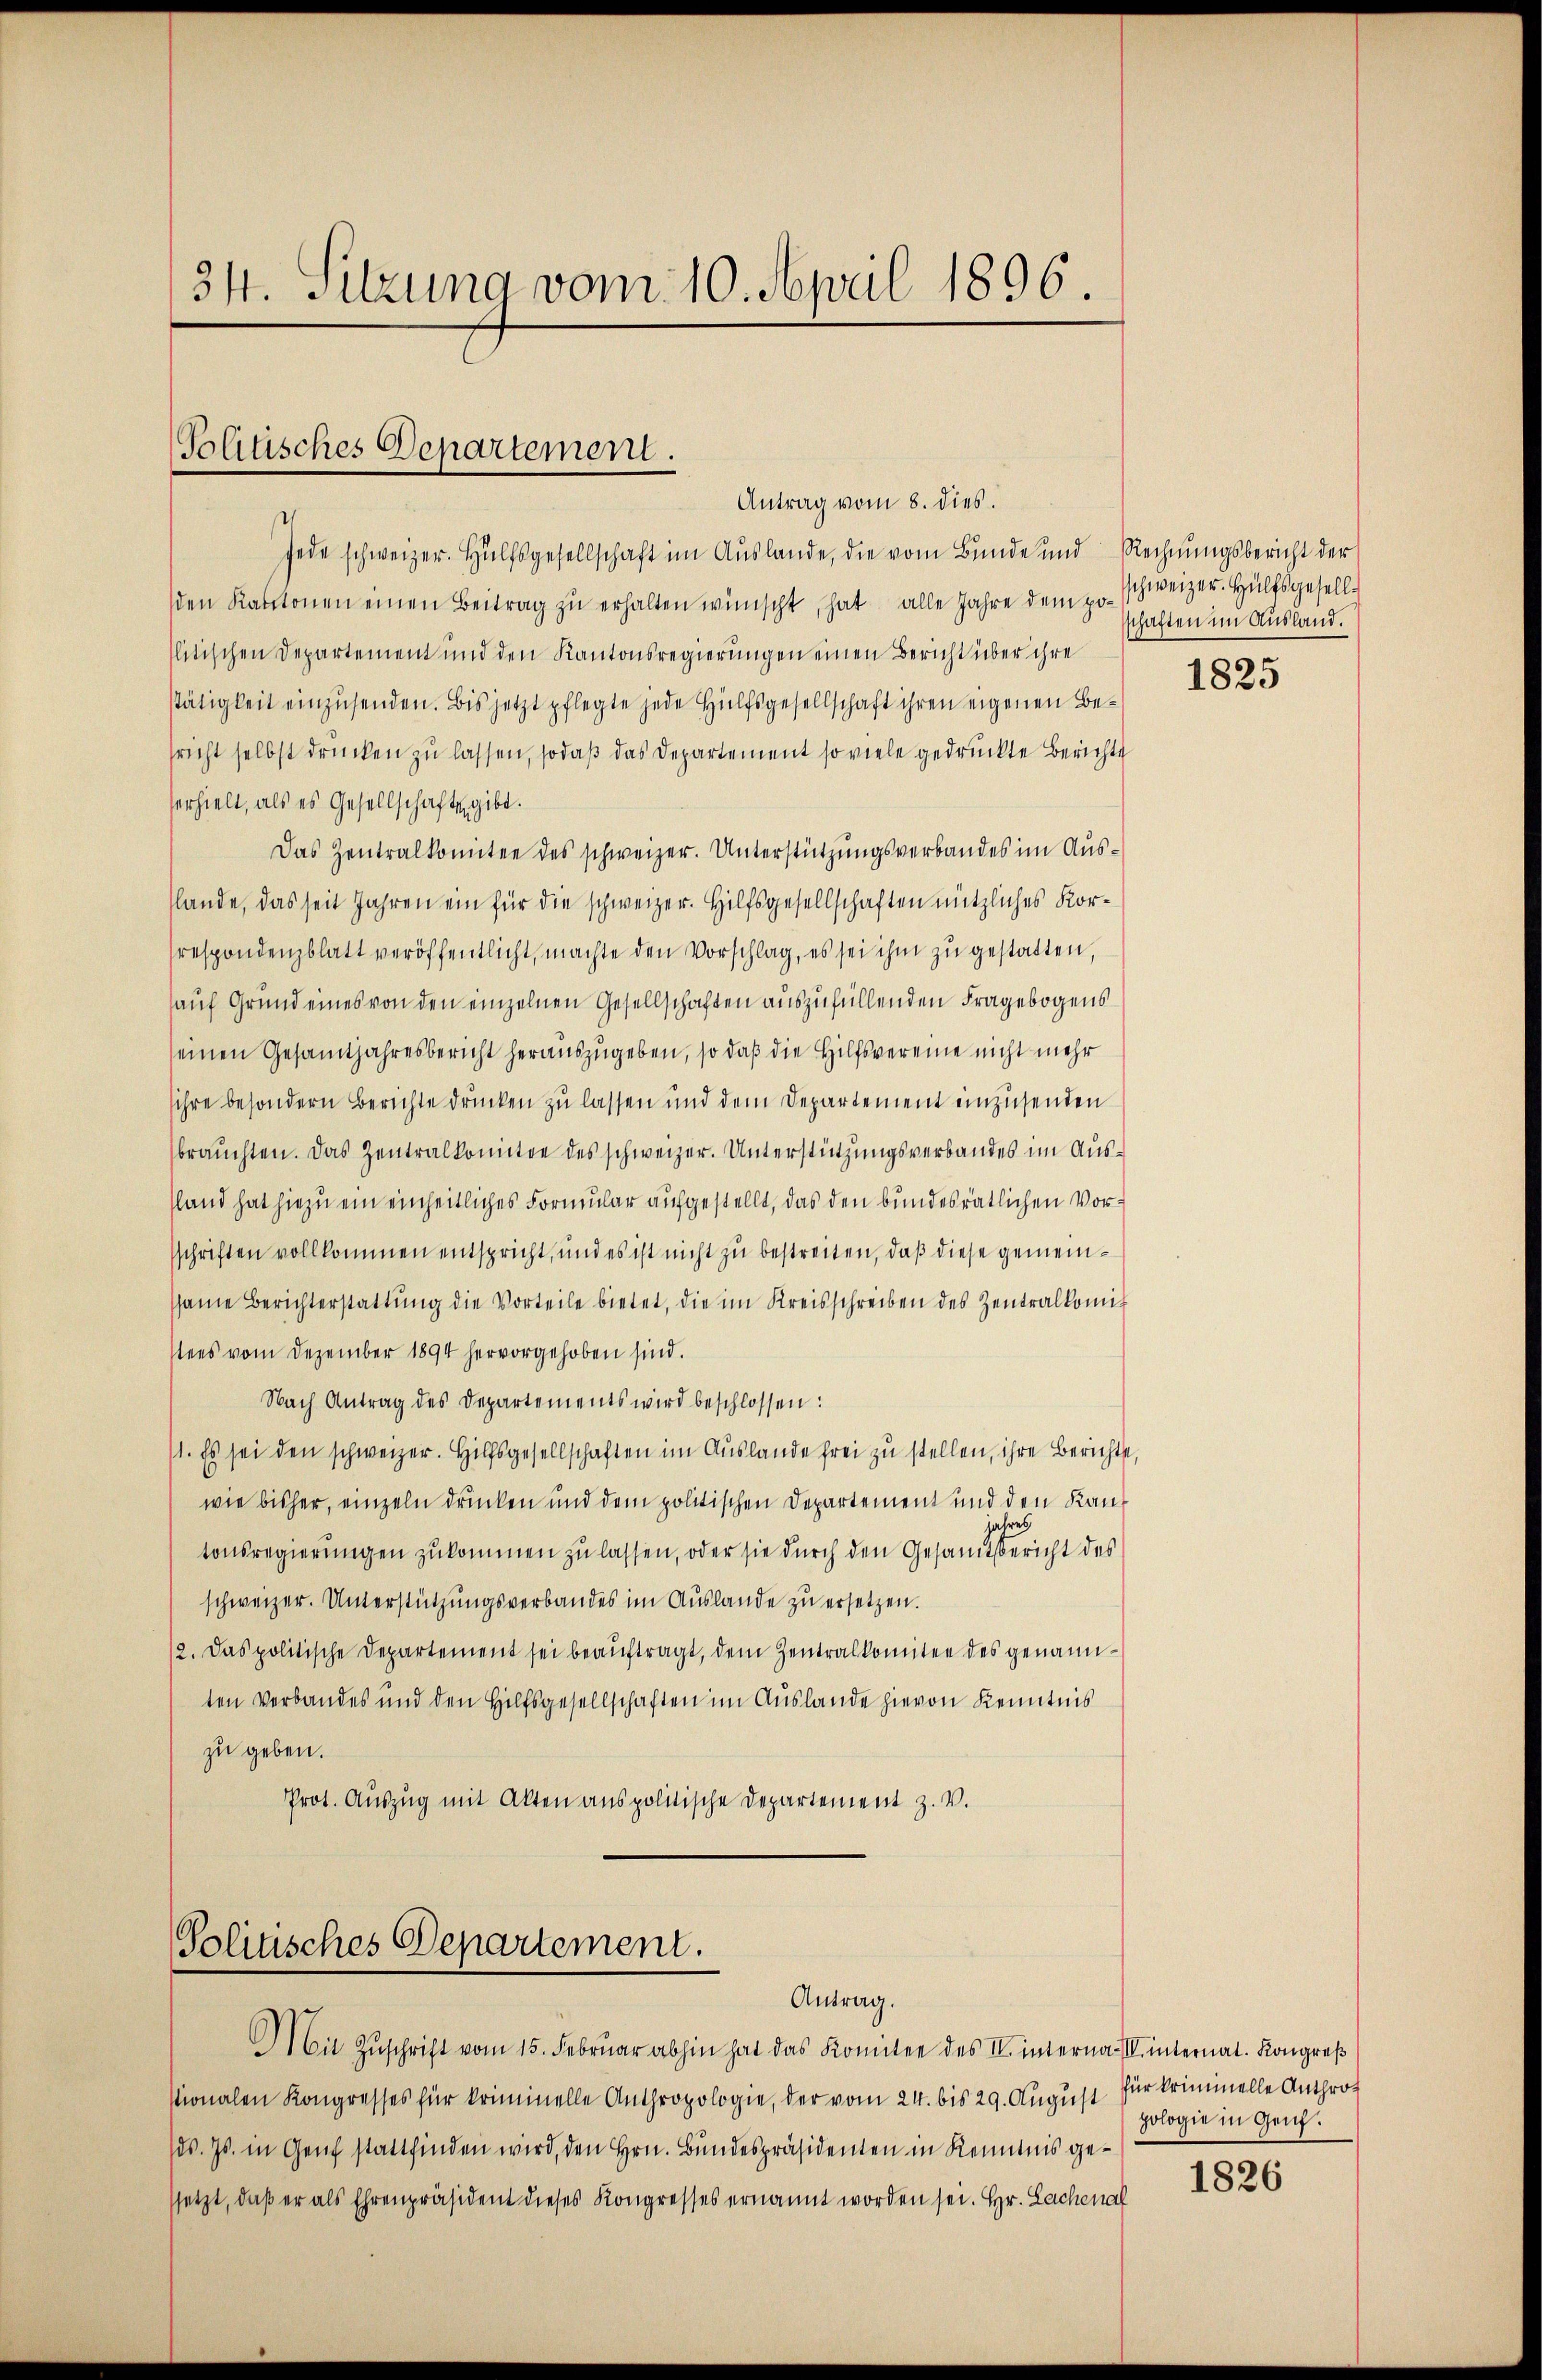
341. Sitzung vom 10. April 1896

Politisches Departement.
Antrag vom 8. dies.

Jede schweizer. Hülfsgesellschaft im Auslande, die vom Bunde und Rechnŭngsbericht der
den Kantonen einen Beitrag zu erhalten wünscht, hat alle Jahre dem politischen Departement und den Kantonsregierungen einen Bericht über ihre
stätigkeit einzŭsenden. Bis jetzt pflegte jede Hülfsgesellschaft ihren eigenen Besricht selbst drücken zu lassen, sodaß das Departement so viele gedruckte Berichte
serhielt, als es Gesellschaftes gibt.
Das Zentralkomitee des schweizer. Unterstützungsverbandes im Ausslande, das seit Jahren ein für die schweizer. Hilfsgesellschaften nützliches Korrespondenzblatt veröffentlicht, machte den Vorschlag, es sei ihm zu gestatten,
auf Grund eines von den einzelnen Gesellschaften auszufüllenden Fragebogensseinen Gesamtjahresbericht herauszugeben, so daß die Hilfsvereine nicht mehr
sihre besondern Berichte drücken zu lassen und dem Departement einzusenden
brauchten. Das Zentralkomitee des schweizer. Unterstützungsverbandes im Aussland hat hiezu ein einheitliches Formular aufgestellt, das den bundesrätlichen Vorschriften vollkommen entspricht, und es ist nicht zu bestreiten, daß diese gemeinsame Berichterstattŭng die Vorteile bietet, die im Kreisschreiben des Zentralkomis
stens vom Dezember 1894 hervorgehoben sind.
Nach Antrag des Departements wird beschlossen:
/1. Es sei den schweizer. Hilfsgesellschaften im Auslande frei zu stellen, ihre Berichts,
wie bisher, einzeln drucken und dem politischen Departement und den Kanahres
tonsregierungen zukommen zu lassen, oder sie durch den Gesamtsbericht des
schweizer. Unterstützungsverbandes im Auslande zu ersetzen.
12. Das politische Departement sei beaŭftragt, dem Zentralkomitee des genannten Verbandes und den Hilfsgesellschaften im Auslande hievon Kenntnis
zu geben.
Prot. Auszug mit Akten anspolitische Departement z. V.

Politisches Departement.
Antrag.

Mit Zŭschrift vom 15. Febrŭar abhin hat das Komitee des II. interna. II. internat. Kongreß
Mionalen Kongresses für kriminelle Anthropologie, der vom 24. bis 29. August für kriminelle Anthrods. Js. in Genf stattfinden wird, den Hrn. Bundespräsidenten in Kenntnis gesetzt, daß er als Ehrenpräsident dieses Kongresses ernannt worden sei. Hr. Lachenal

schweizer. Hülfsgesellschaften im Ausland.

1825

pologie in Genf.

1826